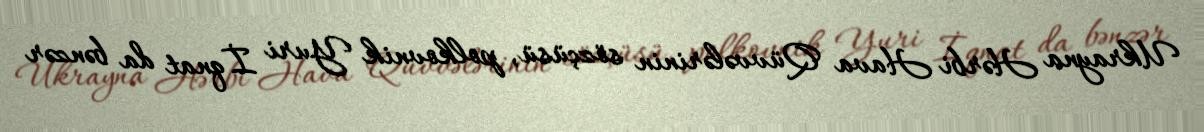
Ukrayna Hərbi Hava Qüvvələrinin sözçüsü, polkovnik Yuri İqnat da bənzər